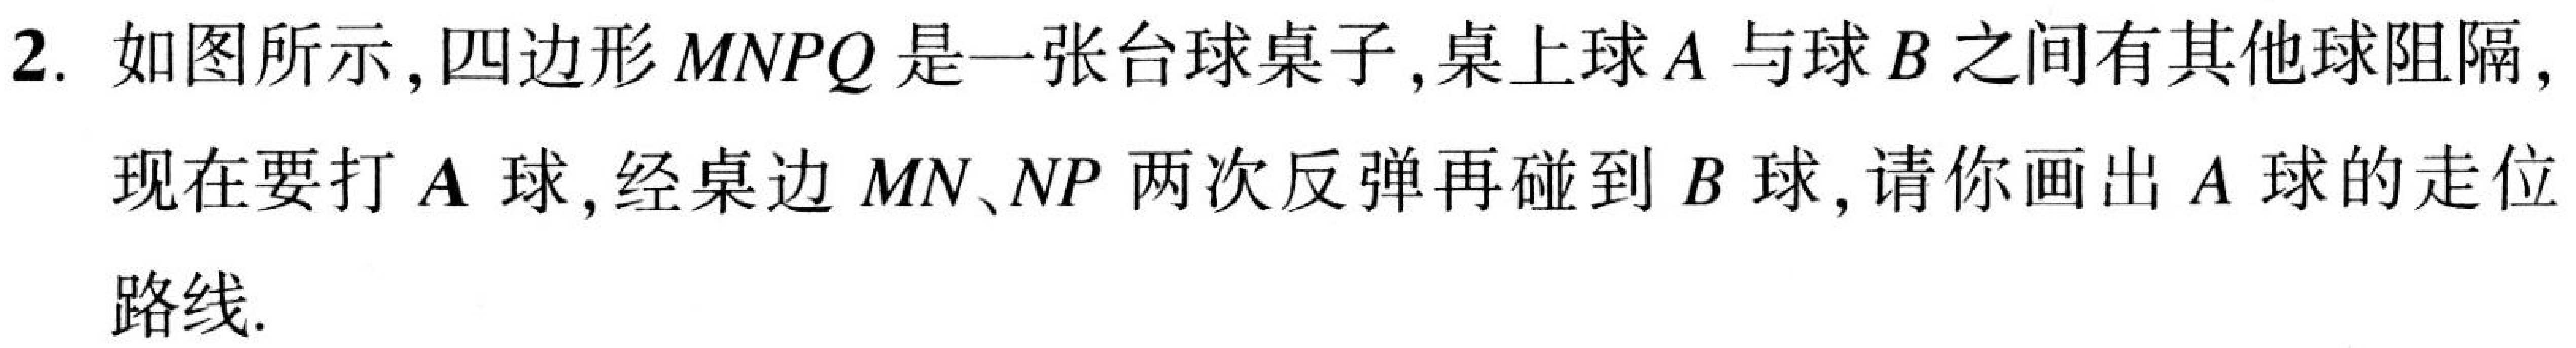
2. 如图所示，四边形\(MNPQ\)是一张台球桌子，桌上球\(A\)与球\(B\)之间有其他球阻隔，

现在要打\(A\)球，经桌边\(MN、NP\)两次反弹再碰到\(B\)球，请你画出\(A\)球的走位

路线.